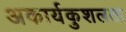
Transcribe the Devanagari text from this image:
अकार्यकुशलता